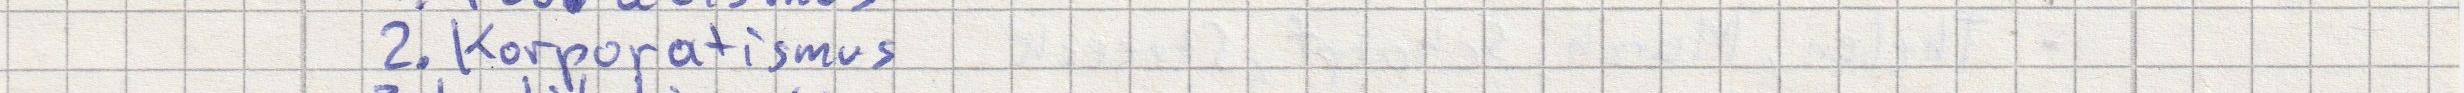
2. Korporatiusmus